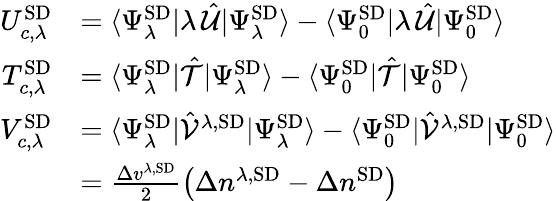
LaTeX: \begin{array}{rl}{U_{c,\lambda}^{\mathrm{SD}}}&{=\langle\Psi_{\lambda}^{\mathrm{SD}}|\lambda\, \hat{\mathcal{U}}|\Psi_{\lambda}^{\mathrm{SD}}\rangle-\langle\Psi_{0}^{\mathrm{SD}}|\lambda\, \hat{\mathcal{U}}|\Psi_{0}^{\mathrm{SD}}\rangle}\\ {T_{c,\lambda}^{\mathrm{SD}}}&{=\langle\Psi_{\lambda}^{\mathrm{SD}}|\hat{\mathcal{T}}|\Psi_{\lambda}^{\mathrm{SD}}\rangle-\langle\Psi_{0}^{\mathrm{SD}}|\hat{\mathcal{T}}|\Psi_{0}^{\mathrm{SD}}\rangle}\\ {V_{c,\lambda}^{\mathrm{SD}}}&{=\langle\Psi_{\lambda}^{\mathrm{SD}}|\hat{\mathcal{V}}^{\lambda,\mathrm{SD}}|\Psi_{\lambda}^{\mathrm{SD}}\rangle-\langle\Psi_{0}^{\mathrm{SD}}|\hat{\mathcal{V}}^{\lambda,\mathrm{SD}}|\Psi_{0}^{\mathrm{SD}}\rangle}\\ &{=\frac{\Delta v^{\lambda,\mathrm{SD}}}{2}\left(\Delta n^{\lambda,\mathrm{SD}}-\Delta n^{\mathrm{SD}}\right)}\end{array}